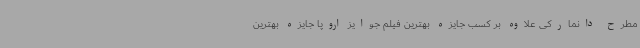
مطرح دانمارکی علاوه بر کسب جایزه بهترین فیلم جوایز اروپا جایزه بهترین